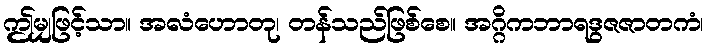
ဤမျှဖြင့်သာ။ အလံဟောတု၊ တန်သည်ဖြစ်စေ။ အဂ္ဂိကဘာရဒွဇဇာတကံ၊